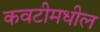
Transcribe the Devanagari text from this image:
कवटीमधील